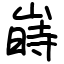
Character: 嵵